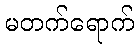
မတက်ရောက်